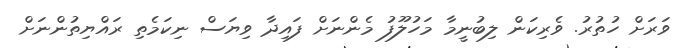
ވަރަށް ހުތުރު. ވެރިކަން ލިބުނީމާ މަހުލޫފު މެންނަށް ފައިދާ ވިޔަސް ނިކަމެތި ރައްޔިތުންނަށް